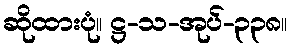
ဆိုထားပုံ။ ဋ္ဌ-သ-အုပ်-၃၃၈။